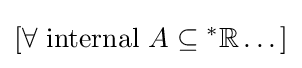
[\forall {\text{ internal }}A\subseteq {^{*}\mathbb {R} }\dots ]